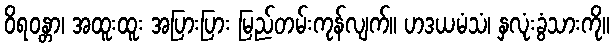
ဝိရဝန္တာ၊ အထူးထူး အပြားပြား မြည်တမ်းကုန်လျက်။ ဟဒယမံသံ၊ နှလုံးခွံသားကို။